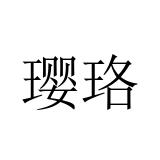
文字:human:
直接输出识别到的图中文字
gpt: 璎珞